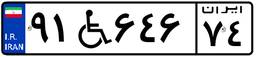
۹۱W۶۴۶۷۴